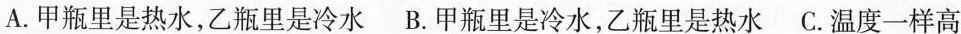
A.甲瓶里是热水，乙瓶里是冷水B.甲瓶里是冷水，乙瓶里是热水 C.温度一样高